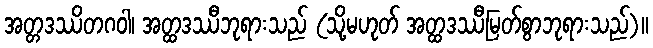
အတ္တဒဿိတဂဝါ၊ အတ္ထဒဿီဘုရားသည် (သို့မဟုတ် အတ္ထဒဿီမြတ်စွာဘုရားသည်)။